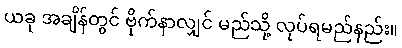
ယခု အချိန်တွင် ဗိုက်နာလျှင် မည်သို့ လုပ်ရမည်နည်း။